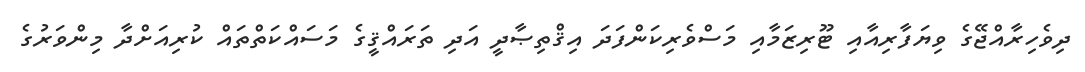
ދިވެހިރާއްޖޭގެ ވިޔަފާރިއާއި ޓޫރިޒަމާއި މަސްވެރިކަންފަދަ އިޤްތިޞާދީ އަދި ތަރައްޤީގެ މަސައްކަތްތައް ކުރިއަށްދާ މިންވަރުގެ